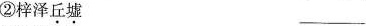
②梓泽丘墟___